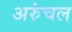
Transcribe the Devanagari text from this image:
अरुंचल